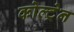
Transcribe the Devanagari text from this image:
कोल्ट्रेन